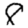
Digit: 8